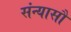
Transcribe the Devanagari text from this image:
संन्यासौ